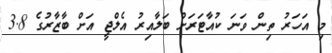
މި އަހަރު ތިން ވަނަ ކުއާޓަރަށް ބަލާއިރު އެލްޖީ އަށް ބާޒާރުގެ 3.8